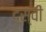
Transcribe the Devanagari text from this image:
दस्वीं